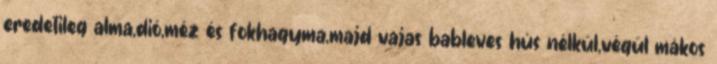
eredetileg alma,dió,méz és fokhagyma,majd vajas bableves hús nélkül,végül mákos